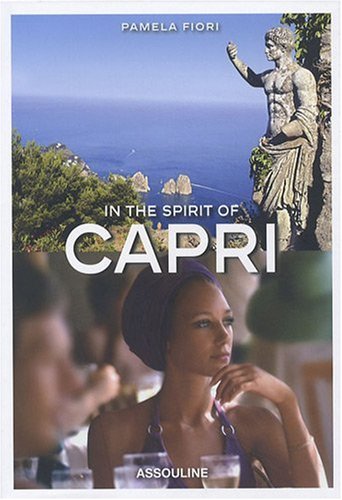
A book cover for In the Spirit of Capri; Pamela Fiori; Travel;